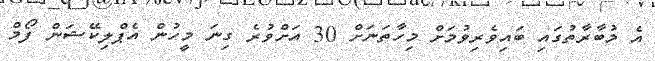
އެ މުބާރާތުގައި ބައިވެރިވުމަށް މިހާތަނަށް 30 އަށްވުރެ ގިނަ މީހުން އެޕްލިކޭޝަން ފޯމް